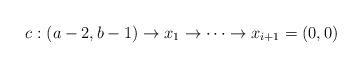
LaTeX: \begin{gather*}c:(a-2,b-1) \rightarrow x_1 \rightarrow \cdots \rightarrow x_{i+1} = (0,0)\end{gather*}